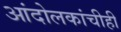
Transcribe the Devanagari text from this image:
आंदोलकांचीही